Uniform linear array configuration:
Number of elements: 32
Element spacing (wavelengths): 0.5
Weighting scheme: uniform
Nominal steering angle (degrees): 15
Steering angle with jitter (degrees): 16.85
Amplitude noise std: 0.05
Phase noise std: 0.05

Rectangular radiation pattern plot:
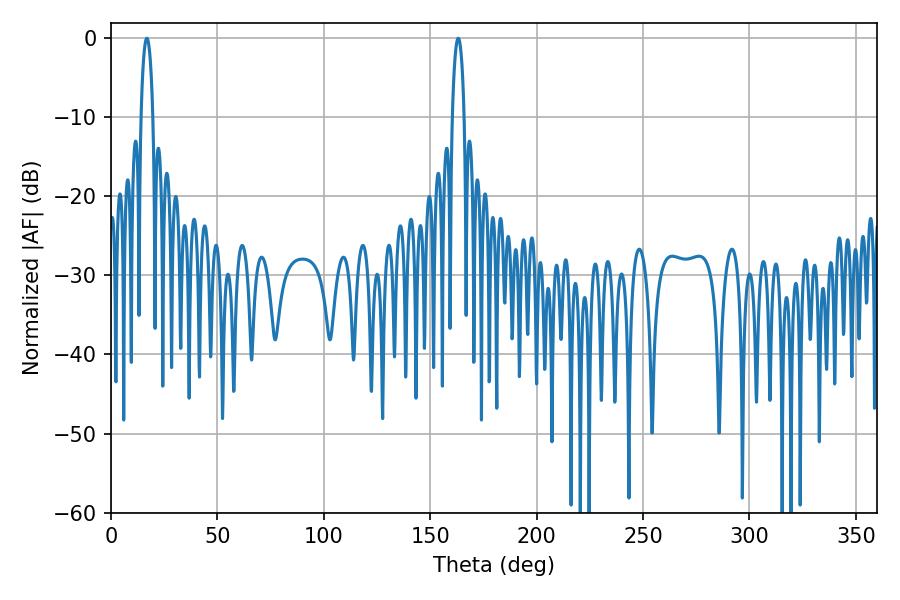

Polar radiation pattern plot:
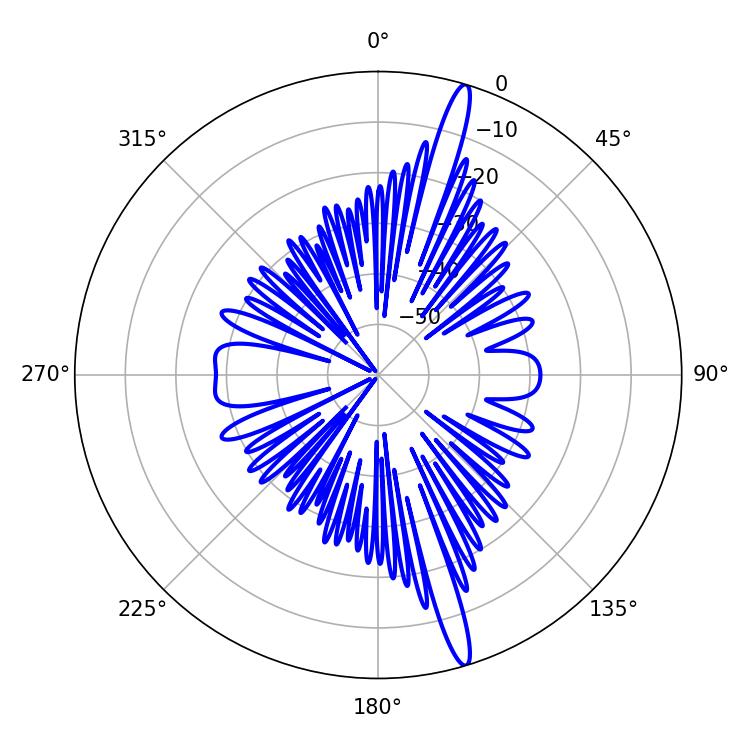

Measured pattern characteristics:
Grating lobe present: FALSE
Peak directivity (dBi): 17.298
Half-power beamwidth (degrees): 3.06
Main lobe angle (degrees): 16.92